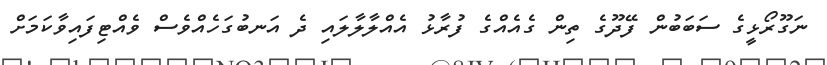
ނަގޫރޯޅީގެ ސަބަބުން ފޭދޫގެ ތިން ގެއެއްގެ ފުރާޅު އެއްލާލާލައި ދެ އަނބުގަހެއްވެސް ވެއްޓިފައިވާކަމަށް